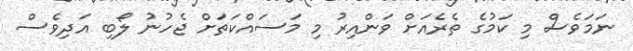
ނަމަވެސް މި ކަމުގެ ތެރެއަށް ވަންއިރު މި މަސައްކަތަށް ޖެހުނު ލޯބި އަދިވެސް